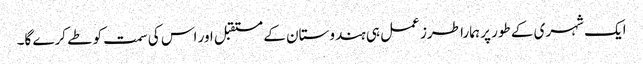
ایک شہری کے طور پر ہمارا طرز عمل ہی ہندوستان کے مستقبل اور اس کی سمت کو طے کرے گا۔